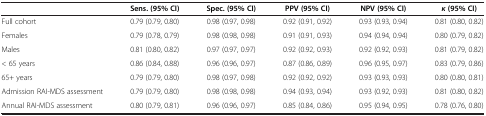
<table><thead><tr><td><b> </b></td><td><b>Sens. (95% CI)</b></td><td><b>Spec. (95% CI)</b></td><td><b>PPV (95% CI)</b></td><td><b>NPV (95% CI)</b></td><td><b><i>κ </i>(95% CI)</b></td></tr></thead><tbody><tr><td>Full cohort</td><td>0.79 (0.79, 0.80)</td><td>0.98 (0.97, 0.98)</td><td>0.92 (0.91, 0.92)</td><td>0.93 (0.93, 0.94)</td><td>0.81 (0.80, 0.82)</td></tr><tr><td>Females</td><td>0.79 (0.78, 0.79)</td><td>0.98 (0.98, 0.98)</td><td>0.91 (0.91, 0.93)</td><td>0.94 (0.94, 0.94)</td><td>0.80 (0.79, 0.82)</td></tr><tr><td>Males</td><td>0.81 (0.80, 0.82)</td><td>0.97 (0.97, 0.97)</td><td>0.92 (0.92, 0.93)</td><td>0.92 (0.92, 0.93)</td><td>0.81 (0.79, 0.82)</td></tr><tr><td>&lt; 65 years</td><td>0.86 (0.84, 0.88)</td><td>0.96 (0.96, 0.97)</td><td>0.87 (0.86, 0.89)</td><td>0.96 (0.95, 0.97)</td><td>0.83 (0.79, 0.86)</td></tr><tr><td>65+ years</td><td>0.79 (0.79, 0.80)</td><td>0.98 (0.97, 0.98)</td><td>0.92 (0.92, 0.92)</td><td>0.93 (0.93, 0.93)</td><td>0.80 (0.80, 0.81)</td></tr><tr><td>Admission RAI-MDS assessment</td><td>0.79 (0.79, 0.80)</td><td>0.98 (0.98, 0.98)</td><td>0.94 (0.93, 0.94)</td><td>0.93 (0.92, 0.93)</td><td>0.81 (0.80, 0.82)</td></tr><tr><td>Annual RAI-MDS assessment</td><td>0.80 (0.79, 0.81)</td><td>0.96 (0.96, 0.97)</td><td>0.85 (0.84, 0.86)</td><td>0.95 (0.94, 0.95)</td><td>0.78 (0.76, 0.80)</td></tr></tbody></table>